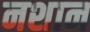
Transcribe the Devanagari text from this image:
नशान